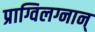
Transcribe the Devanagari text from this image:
प्राग्विलग्नान्